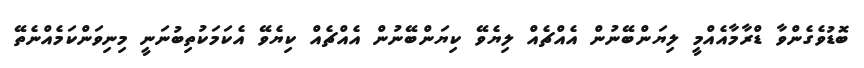
ބޮޑުވެގެންވާ ޑްރާމާއެއްމީ ލިޔަންބޭނުން އެއްޗެއް ލިޔެވޭ ކިޔަންބޭނުން އެއްޗެއް ކިޔެވޭ އެކަމަކުތިބުނަނީ މިނިވަންކަމެއްނެތޭ